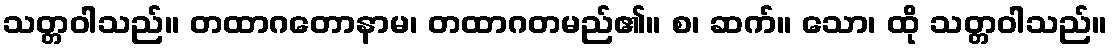
သတ္တဝါသည်။ တထာဂတောနာမ၊ တထာဂတမည်၏။ စ၊ ဆက်။ သော၊ ထို သတ္တဝါသည်။